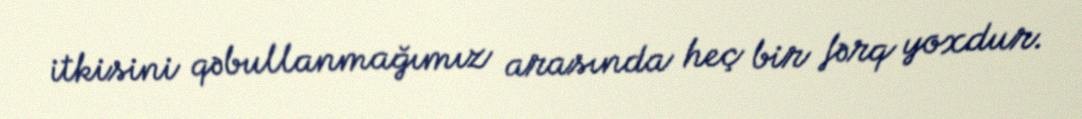
itkisini qəbullanmağımız arasında heç bir fərq yoxdur.